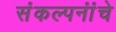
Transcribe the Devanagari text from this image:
संंकल्पनांंचे